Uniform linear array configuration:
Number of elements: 8
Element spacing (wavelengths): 0.25
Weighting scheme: kaiser
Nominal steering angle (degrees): -45
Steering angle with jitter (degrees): -44.503
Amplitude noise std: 0.05
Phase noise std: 0.05

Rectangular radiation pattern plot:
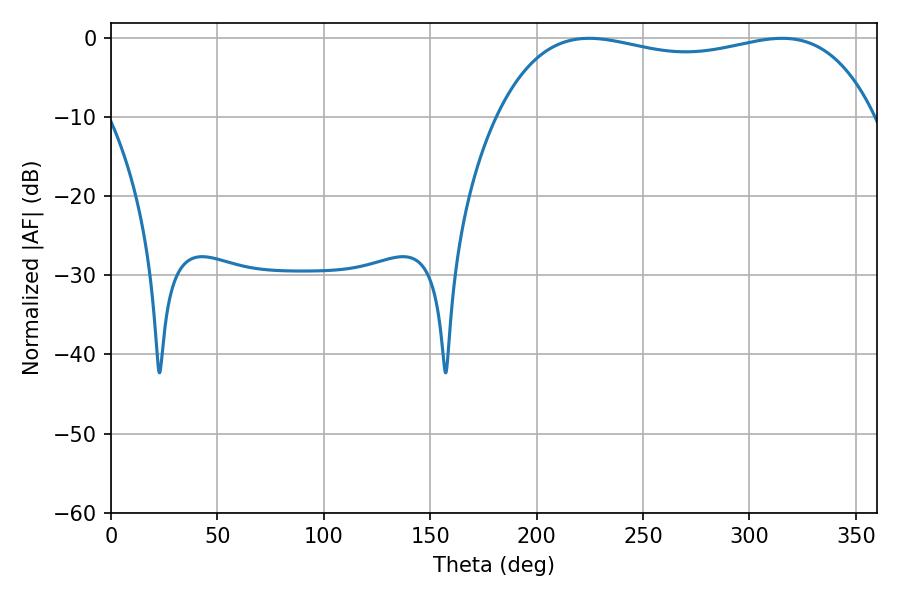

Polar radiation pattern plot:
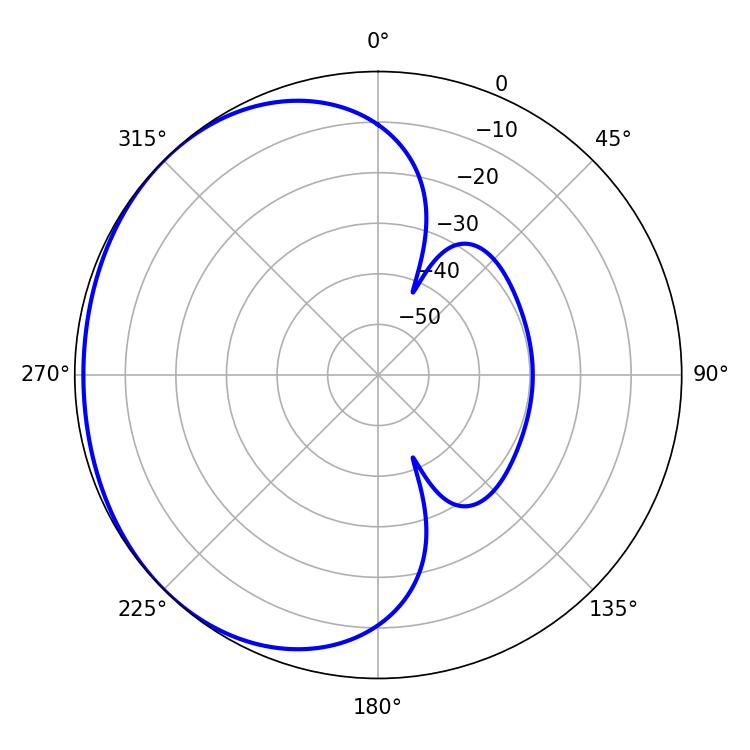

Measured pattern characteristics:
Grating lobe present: FALSE
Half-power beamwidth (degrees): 143.64
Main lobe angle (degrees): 224.64